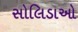
સોલિડાઓ